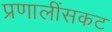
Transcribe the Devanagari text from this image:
प्रणालींसकट